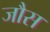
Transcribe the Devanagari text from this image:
जौस